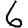
Digit: 6